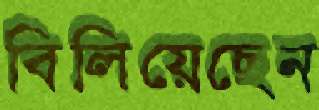
বিলিয়েছেন